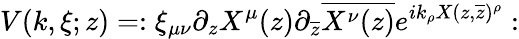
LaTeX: V(k,\xi;z)=:\xi_{\mu\nu}\partial_{z}X^{\mu}(z)\partial_{\overline{{{z}}}}\overline{{{X^{\nu}(z)}}}e^{ik_{\rho}X(z,\overline{{{z}}})^{\rho}}: